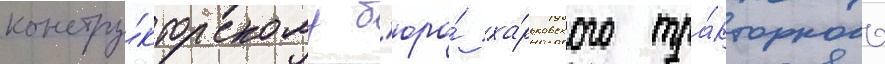
констру́кторскому б'юро́ ха́рьковского тра́кторного